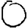
Digit: 0